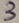
Text: 3